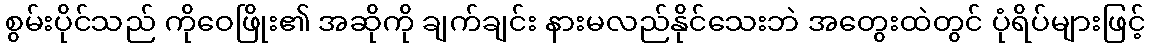
စွမ်းပိုင်သည် ကိုဝေဖြိုး၏ အဆိုကို ချက်ချင်း နားမလည်နိုင်သေးဘဲ အတွေးထဲတွင် ပုံရိပ်များဖြင့်